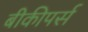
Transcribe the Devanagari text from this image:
बीकीपर्स